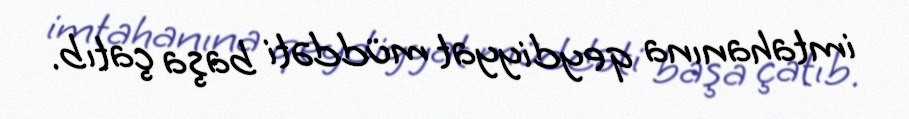
imtahanına qeydiyyat müddəti başa çatıb.